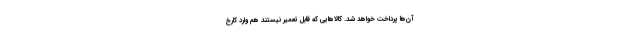
آن‌ها پرداخت خواهد شد. کالاهایی که قابل تعمیر نیستند هم وارد کارخ